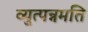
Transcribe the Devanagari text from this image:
व्युत्पन्नमति